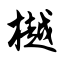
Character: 樾